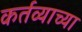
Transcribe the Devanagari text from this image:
कर्तव्याच्या